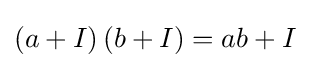
\left(a+I\right)\left(b+I\right)=ab+I